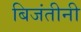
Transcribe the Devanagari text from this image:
बिजंतीनी